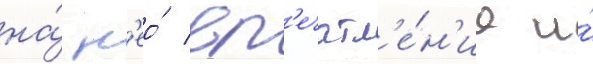
на́ н'ео́ вп'ечатл'е́н'ие и́